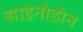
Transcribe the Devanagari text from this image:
साइनोडोन